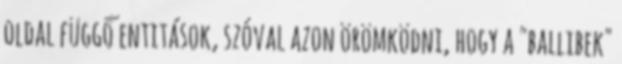
oldal függő entitások, szóval azon örömködni, hogy a "ballibek"